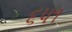
૬૫૧